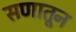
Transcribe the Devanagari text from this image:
सणातून